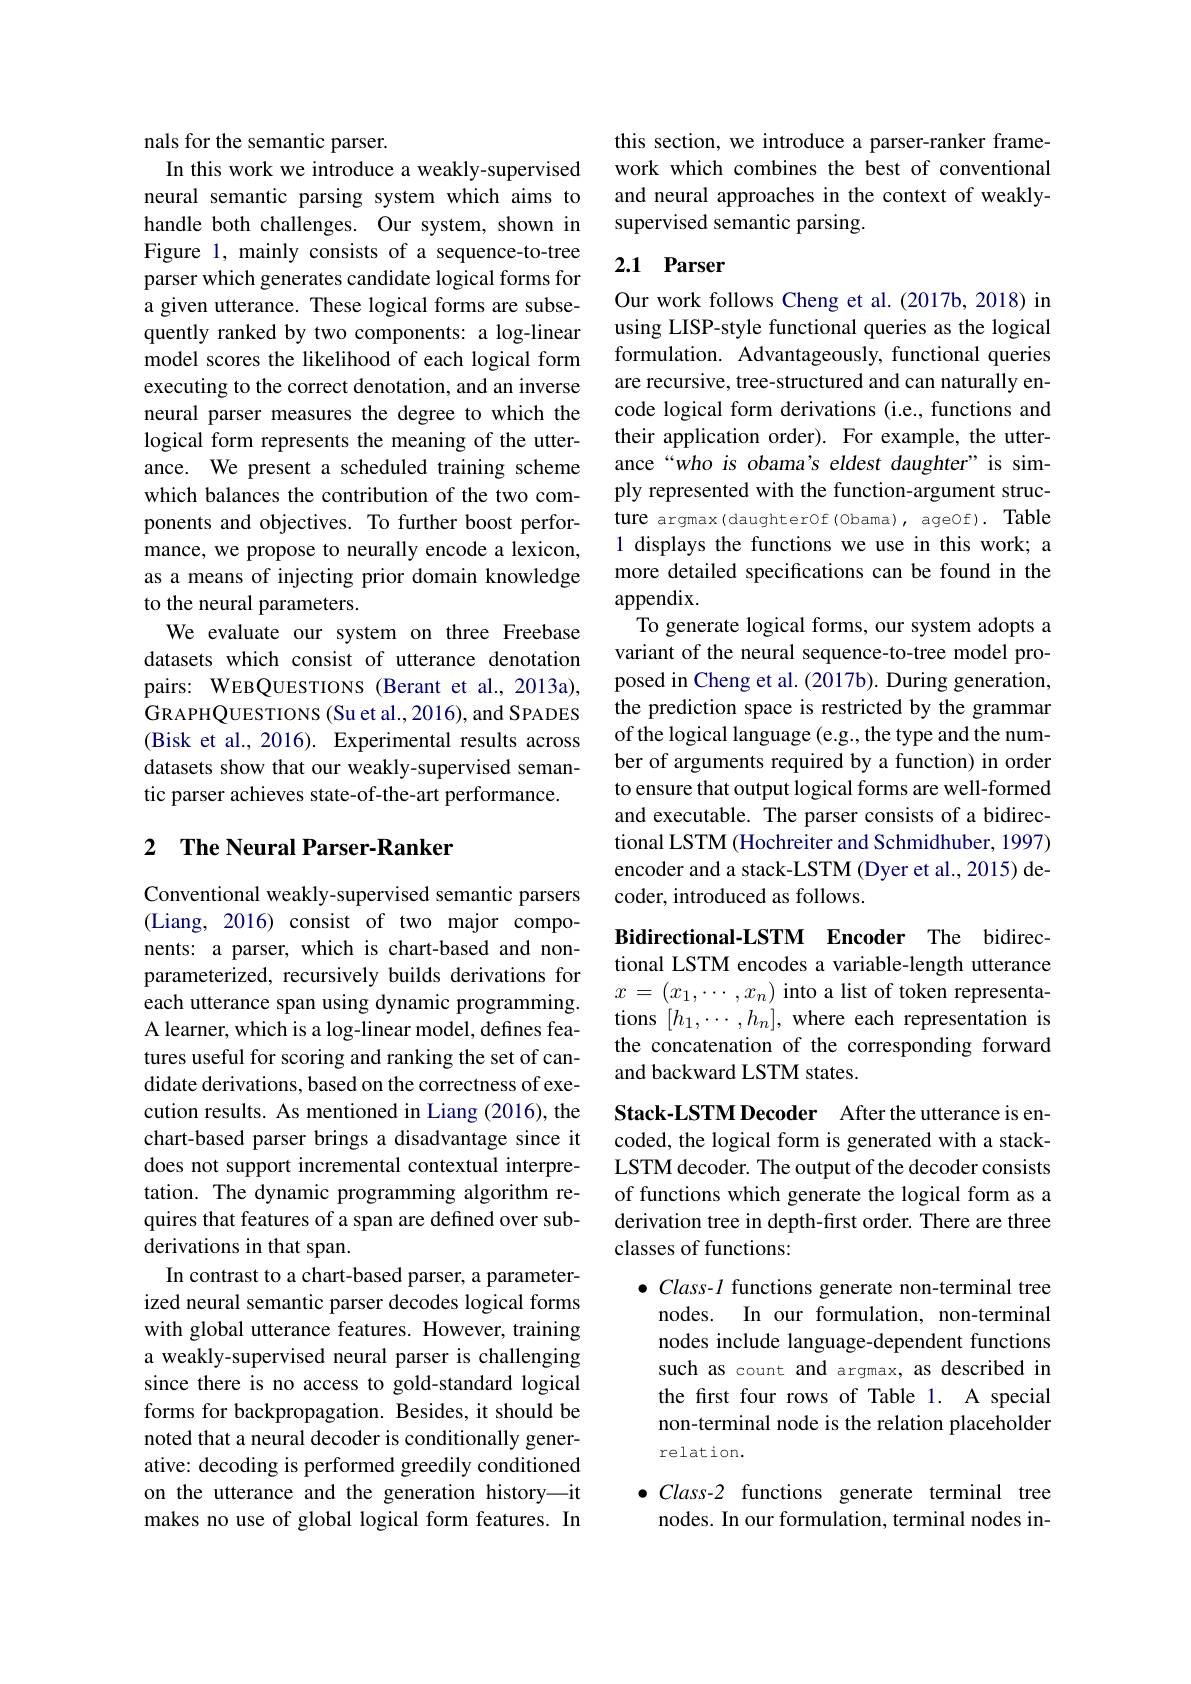
nals for the semantic parser.
In this work we introduce a weakly-supervised neural semantic parsing system which aims to handle both challenges. Our system, shown in Figure 1, mainly consists of a sequence-to-tree parser which generates candidate logical forms for a given utterance. These logical forms are subsequently ranked by two components: a log-linear model scores the likelihood of each logical form executing to the correct denotation, and an inverse neural parser measures the degree to which the logical form represents the meaning of the utterance. We present a scheduled training scheme which balances the contribution of the two components and objectives. To further boost performance, we propose to neurally encode a lexicon, as a means of injecting prior domain knowledge to the neural parameters.
We evaluate our system on three Freebase datasets which consist of utterance denotation pairs: WEBQUESTIONS (Berant et al., 2013a), GRAPHQUESTIONS (Su et al., 2016), and SPADES (Bisk et al., 2016). Experimental results across datasets show that our weakly-supervised semantic parser achieves state-of-the-art performance.

## 2 The Neural Parser-Ranker

Conventional weakly-supervised semantic parsers (Liang, 2016) consist of two major components: a parser, which is chart-based and nonparameterized, recursively builds derivations for each utterance span using dynamic programming. A learner, which is a log-linear model, defines features useful for scoring and ranking the set of candidate derivations, based on the correctness of execution results. As mentioned in Liang (2016), the chart-based parser brings a disadvantage since it does not support incremental contextual interpretation. The dynamic programming algorithm requires that features of a span are defined over subderivations in that span.
In contrast to a chart-based parser, a parameterized neural semantic parser decodes logical forms with global utterance features. However, training a weakly-supervised neural parser is challenging since there is no access to gold-standard logical forms for backpropagation. Besides, it should be noted that a neural decoder is conditionally generative: decoding is performed greedily conditioned on the utterance and the generation history—it makes no use of global logical form features. In

this section, we introduce a parser-ranker framework which combines the best of conventional and neural approaches in the context of weaklysupervised semantic parsing.

## 2.1 Parser

Our work follows Cheng et al.(2017b,2018) in using LISP-style functional queries as the logical formulation. Advantageously, functional queries are recursive, tree-structured and can naturally encode logical form derivations (i.e., functions and their application order). For example, the utterance“who is obama’s eldest daughter” is simply represented with the function-argument structure argmax(daughterOf(Obama),ageOf). Table 1 displays the functions we use in this work; a more detailed specifications can be found in the appendix.
To generate logical forms, our system adopts a variant of the neural sequence-to-tree model proposed in Cheng et al. (2017b). During generation, the prediction space is restricted by the grammar of the logical language (e.g., the type and the number of arguments required by a function) in order to ensure that output logical forms are well-formed and executable. The parser consists of a bidirectional LSTM (Hochreiter and Schmidhuber, 1997) encoder and a stack-LSTM (Dyer et al., 2015) decoder, introduced as follows.

tional LSTM encodes a variable-length utterance $x=(x_{1},\cdots,x_{n})$ into a list of token representations $[h_1,\cdots,h_n]$, where each representation is the concatenation of the corresponding forward and backward LSTM states.

Bidirectional-LSTM Encoder The bidirecStack-LSTM Decoder After the utterance is encoded, the logical form is generated with a stackLSTM decoder. The output of the decoder consists of functions which generate the logical form as a derivation tree in depth-first order. There are three classes of functions:
$\bullet Class-l$ functions generate non-terminal tree nodes. In our formulation, non-terminal nodes include language-dependent functions such as count and argmax, as described in the first four rows of Table 1. A special non-terminal node is the relation placeholder relation.
$\bullet Class-2$ functions generate terminal tree

nodes. In our formulation, terminal nodes in-